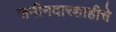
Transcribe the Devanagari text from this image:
जमीनदारशाहीचे